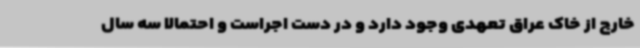
خارج از خاک عراق تعهدی وجود دارد و در دست اجراست و احتمالا سه سال